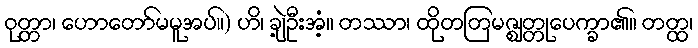
ဝုတ္တာ၊ ဟောတော်မမူအပ်။) ဟိ၊ ချဲ့ဦးအံ့။ တဿာ၊ ထိုတတြမဇ္ဈတ္တုပေက္ခာ၏။ တတ္ထ၊